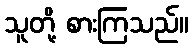
သူတို့ စားကြသည်။